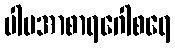
ပါပအာစာရဂေါစရေ